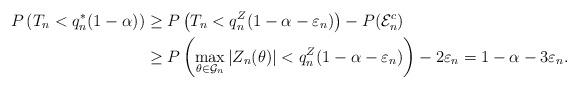
LaTeX: \begin{align*}P\left(T_n< q_n^*(1-\alpha)\right)&\geq P\left(T_n< q_n^Z(1-\alpha-\varepsilon_n)\right)-P(\mathcal{E}_n^c)\\&\geq P\left(\max_{\theta\in\mathcal{G}_n}|Z_n(\theta)|< q_n^Z(1-\alpha-\varepsilon_n)\right)-2\varepsilon_n=1-\alpha-3\varepsilon_n.\end{align*}